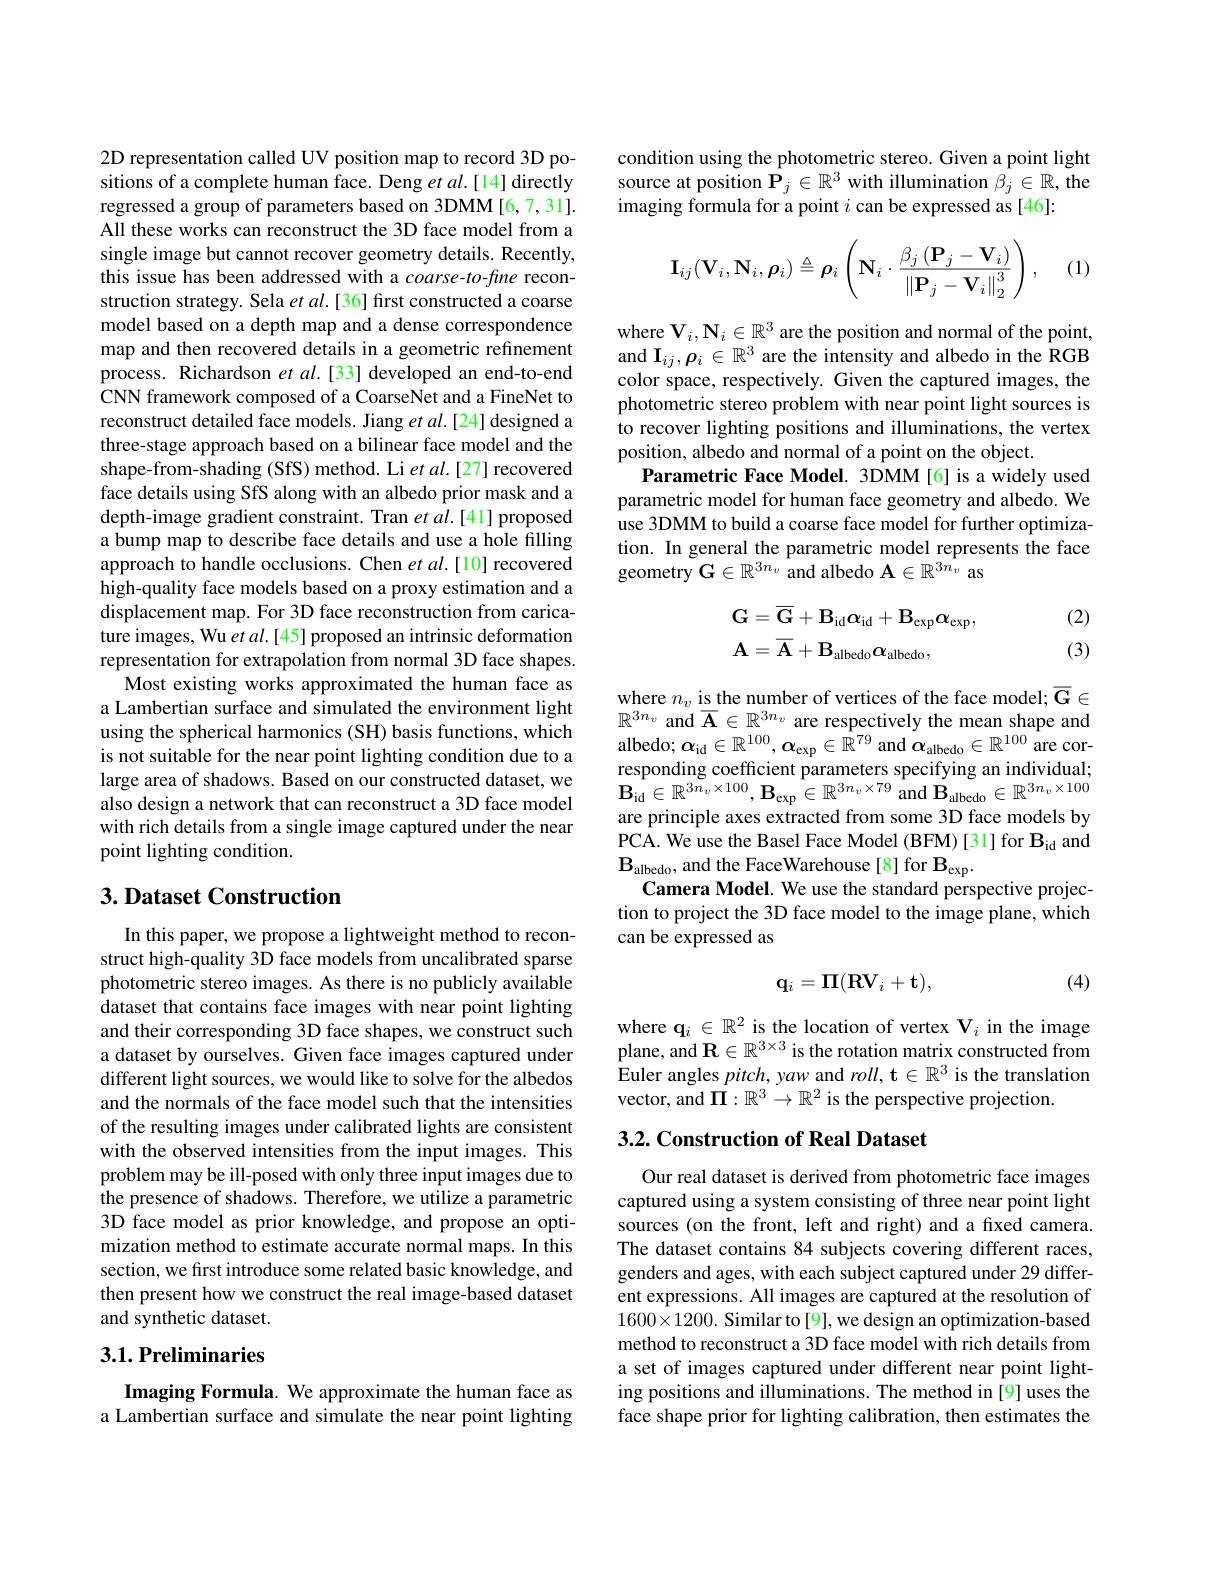
2D representation called UV position map to record 3D positions of a complete human face. Deng $et\textit{al. [ 14] directly}$ regressed a group of parameters based on 3DMM[6,7,31]. All these works can reconstruct the 3D face model from a single image but cannot recover geometry details. Recently, this issue has been addressed with a coarse-to-fine reconstruction strategy. Sela $etal.[36]$ first constructed a coarse model based on a depth map and a dense correspondence map and then recovered details in a geometric refinement process. Richardson $etal.[33]$ developed an end-to-end CNN framework composed of a CoarseNet and a FineNet to reconstruct detailed face models. Jiang et al.[24] designed a three-stage approach based on a bilinear face model and the shape-from-shading (SfS) method. Li $etal.[27]$ recovered face details using SfS along with an albedo prior mask and a depth-image gradient constraint. Tran $etal.[41]$ proposed a bump map to describe face details and use a hole filling approach to handle occlusions. Chen $et$ al.[10] recovered high-quality face models based on a proxy estimation and a displacement map. For 3D face reconstruction from caricature images, Wu $etal.[45]$ proposed an intrinsic deformation representation for extrapolation from normal 3D face shapes.
Most existing works approximated the human face as a Lambertian surface and simulated the environment light using the spherical harmonics (SH) basis functions, which is not suitable for the near point lighting condition due to a large area of shadows. Based on our constructed dataset, we also design a network that can reconstruct a 3D face model with rich details from a single image captured under the near point lighting condition.

# 3. Dataset Construction

In this paper, we propose a lightweight method to reconstruct high-quality 3D face models from uncalibrated sparse photometric stereo images. As there is no publicly available dataset that contains face images with near point lighting and their corresponding 3D face shapes, we construct such a dataset by ourselves. Given face images captured under different light sources, we would like to solve for the albedos and the normals of the face model such that the intensities of the resulting images under calibrated lights are consistent with the observed intensities from the input images. This problem may be ill-posed with only three input images due to the presence of shadows. Therefore, we utilize a parametric 3D face model as prior knowledge, and propose an optimization method to estimate accurate normal maps. In this section, we first introduce some related basic knowledge, and then present how we construct the real image-based dataset and synthetic dataset.

## 3.1. Preliminaries

Imaging Formula. We approximate the human face as a Lambertian surface and simulate the near point lighting

condition using the photometric stereo. Given a point light source at position $\mathbf{P}_j\in\mathbb{R}^3$ with illumination $\beta_j\in\mathbb{R}$, the imaging formula for a point $i$ can be expressed as [46]:

(1)
$$\mathbf{I}_{ij}(\mathbf{V}_i,\mathbf{N}_i,\boldsymbol{\rho}_i)\triangleq\boldsymbol{\rho}_i\left(\mathbf{N}_i\cdot\frac{\beta_j\left(\mathbf{P}_j-\mathbf{V}_i\right)}{\left\|\mathbf{P}_j-\mathbf{V}_i\right\|_2^3}\right),$$
where $\mathbf{V}_i,\mathbf{N}_i\in\mathbb{R}^3$ are the position and normal of the point, and $\mathbf{I}_ij,\boldsymbol{\rho}_i\in\mathbb{R}^3$ are the intensity and albedo in the RGB color space, respectively. Given the captured images, the photometric stereo problem with near point light sources is to recover lighting positions and illuminations, the vertex position, albedo and normal of a point on the object.
Parametric Face Model. 3DMM[6] is a widely used parametric model for human face geometry and albedo. We use 3DMM to build a coarse face model for further optimization. In general the parametric model represents the face geometry $\mathbf{G}\in\mathbb{R}^{3n_v}$ and albedo $\mathbf{A}\in\mathbb{R}^{3n_v}$ as

(2)
$$\begin{aligned}&\mathbf{G}=\overline{\mathbf{G}}+\mathbf{B}_{\mathrm{id}}\alpha_{\mathrm{id}}+\mathbf{B}_{\mathrm{exp}}\alpha_{\mathrm{exp}},\\&\mathbf{A}=\overline{\mathbf{A}}+\mathbf{B}_{\mathrm{albedo}}\alpha_{\mathrm{albedo}},\end{aligned}$$
(3)

where $n_v$ is the number of vertices of the face model; $\overline{\mathbf{G}}\in$ $\mathbb{R}^{3n_v}$ and $\overline\mathbf{A}\in\mathbb{R}^3n_v$ are respectively the mean shape and albedo; $\alpha_\mathrm{id}\in\mathbb{R}^{100},\boldsymbol{\alpha}_\mathrm{exp}\in\mathbb{R}^{79}$ and $\boldsymbol\alpha_\mathrm{albedo}\in\mathbb{R}^{100}$ are corresponding coefficient parameters specifying an individual; $\mathbf{B}_{\mathrm{id}}\in\mathbb{R}^{3n_v\times100},\mathbf{B}_{\mathrm{exp}}\in\mathbb{R}^{3n_v\times79}$and$\mathbf{B}_\mathrm{albedo}\in\mathbb{R}^{3n_v\times100}$ are principle axes extracted from some 3D face models by PCA. We use the Basel Face Model (BFM)[31]for $\mathbf{B}_{\mathrm{id}}$ and $\mathbf{B}_{\mathrm{albedo}}$, and the FaceWarehouse[8] for $\mathbf{B}_\mathrm{exp}.$
Camera Model. We use the standard perspective projection to project the 3D face model to the image plane, which can be expressed as

(4)
$$\mathbf{q}_i=\Pi(\mathbf{RV}_i+\mathbf{t}),$$
where $\mathbf{q}_i\in\mathbb{R}^2$ is the location of vertex V$_i$ in the image plane, and $\mathbf{R}\in\mathbb{R}^{3\times3}$ is the rotation matrix constructed from Euler angles $pitch$, yaw and $roll, \textbf{t}\in \mathbb{R} ^3$ is the translation vector, and $\Pi:\mathbb{R}^3\to\mathbb{R}^2$ is the perspective projection.

## 3.2. Construction of Real Dataset

Our real dataset is derived from photometric face images captured using a system consisting of three near point light sources (on the front, left and right) and a fixed camera. The dataset contains 84 subjects covering different races, genders and ages, with each subject captured under 29 different expressions. All images are captured at the resolution of $1600\times1200.$ Similar to[9], we design an optimization-based method to reconstruct a 3D face model with rich details from a set of images captured under different near point lighting positions and illuminations. The method in [9] uses the face shape prior for lighting calibration, then estimates the